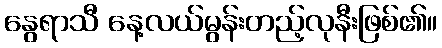
နွေရာသီ နေ့လယ်မွန်းတည့်လုနီးဖြစ်၏။